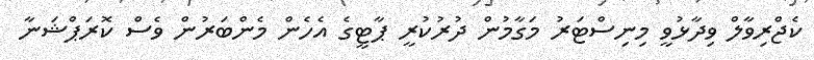
ކެޖްރިވާލް ވިދާޅުވީ މިނިސްޓަރު މަގާމުން ދުރުކުރީ ޕާޓީގެ އެހެން މެންބަރުން ވެސް ކޮރަޕްޝަނާ